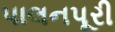
પાલનપૂરી